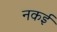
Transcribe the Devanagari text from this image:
नकई